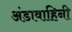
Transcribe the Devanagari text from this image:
अंडावाहिनी